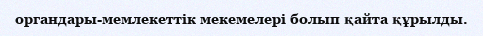
органдары-мемлекеттік мекемелері болып қайта құрылды.